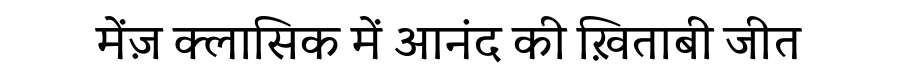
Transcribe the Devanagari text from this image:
मेंज़ क्लासिक में आनंद की ख़िताबी जीत